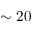
\sim 2 0